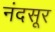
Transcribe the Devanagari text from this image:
नंदसूर